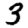
Digit: 3